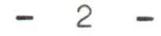
- 2 -